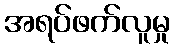
အရပ်ဖက်လူမှု